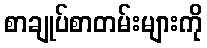
စာချုပ်စာတမ်းများကို